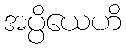
အပ္ပိယေဟိ